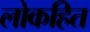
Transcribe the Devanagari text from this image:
लोकहित